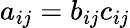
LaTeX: a_{ij}=b_{ij}c_{ij}